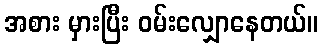
အစား မှားပြီး ဝမ်းလျှောနေတယ်။